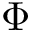
\Phi